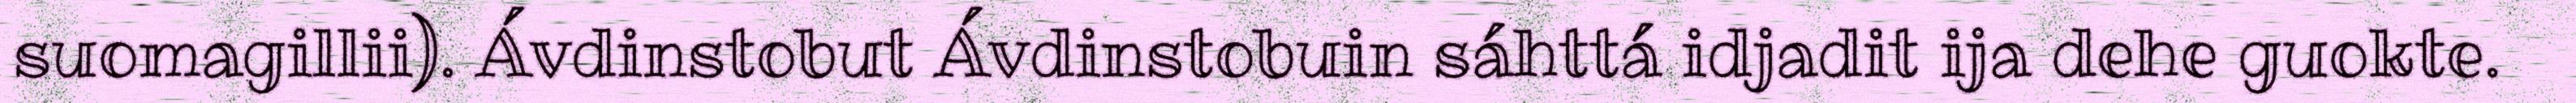
suomagillii). Ávdinstobut Ávdinstobuin sáhttá idjadit ija dehe guokte.